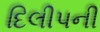
દિલીપની